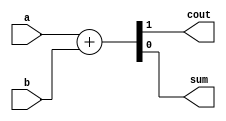
/*
Create a half adder.
A half adder adds two bits (with no carry-in) and produces a sum and carry-out.
*/

module top_module( 
    input a, b,
    output cout, sum );
    
    assign {cout, sum} = a + b;

endmodule